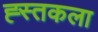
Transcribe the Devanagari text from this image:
ह्स्तकला